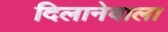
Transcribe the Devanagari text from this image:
दिलानेवाला